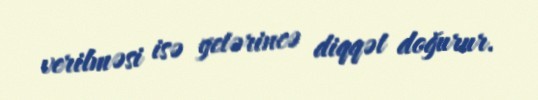
verilməsi isə yetərincə diqqət doğurur.